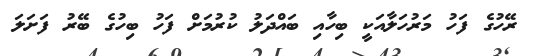
ރޭހުގެ ފަހު މަރުހަލާއަކީ ބިހާއި ބައްދަލު ކުރުމަށް ފަހު ބިހުގެ ބޭރު ފަށަލަ